Civil Veterinary Dept. Bombay admin report 1932-41 - 1932-1941
Year: 1932
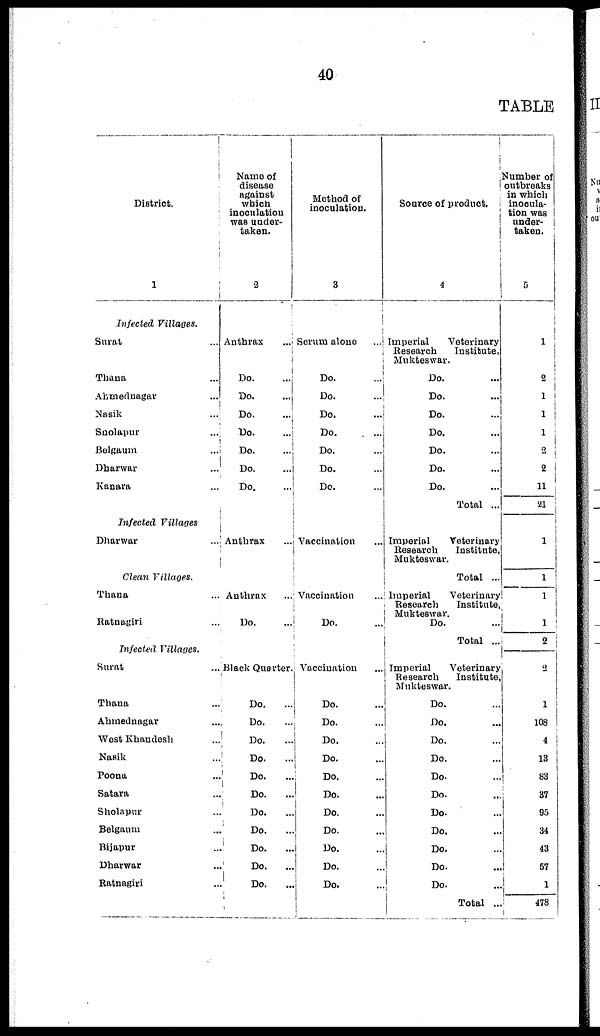
40
TABLE
District.
1
Infected
Villages.
Surat ...
Thana ...
Ahmednagar ...
Nasik ...
Sholapur ...
Belgaum ...
Dharwar ...
Kanara ...
Infected Villages
Dharwar ...
Clean Villages.
Thana ...
Ratnagiri ...
Inspected Villages.
Surat ...
Thana ...
Ahmednagar ...
West Khandesh ...
Nasik ...
Poona ...
Satara ...
Sholapur ...
Belgaum ...
Bijapur ...
Dharwar ...
Ratnagiri ...
Name of
disease
against
which
inoculation
was under-
taken.
2
Anthrax
Do. ...
Do. ...
Do. ...
Do. ...
Do. ...
Do. ...
Do. ...
Anthrax ...
Anthrax
Do. ...
Black Quarter.
Do. ...
Do. ...
Do. ...
Do.
...
Do. ...
Do. ...
Do. ...
Do. ...
Do.
...
Do. ...
Do. ...
Method of
inoculation.
3
Serum alone ...
Do. ...
Do. ...
Do. ...
Do. ...
Do. ...
Do. ...
Do. ...
Vaccination
Vaccination
Do. ...
Vaccination
Do.
...
Do. ...
Do. ...
Do. ...
Do. ...
Do. ...
Do. ...
Do. ...
Do. ...
Do. ...
Do. ...
Source of product.
4
Imperial
Veterinary
Research
Institute,
Mukteswar.
Do. ...
Do. ...
Do. ...
Do. ...
Do. ...
Do. ...
Do. ...
Total ...
Imperial
Veterinary
Research
Institute,
Mukteswar.
Total ...
Imperial
Veterinary
Research
Institute,
Mukteswar.
Do. ...
Total ...
Imperial
Veterinary
Research
Institute,
Mukteswar.
Do. ...
Do. ...
Do. ...
Do. ...
Do. ...
Do. ...
Do. ...
Do. ...
Do. ...
Do. ...
Do. ...
Total ...
Number of
outbreaks
in which
inocula-
tion was
under-
taken.
5
1
2
1
1
1
2
2
11
21
1
1
1
1
2
2
1
108
4
13
83
37
95
34
43
57
1
478